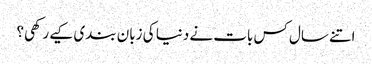
اتنے سال کس بات نے دنیا کی زبان بندی کیے رکھی؟